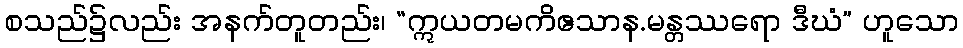
စသည်၌လည်း အနက်တူတည်း၊ “ဣယတမကိဧသာန.မန္တဿရော ဒီဃံ” ဟူသော